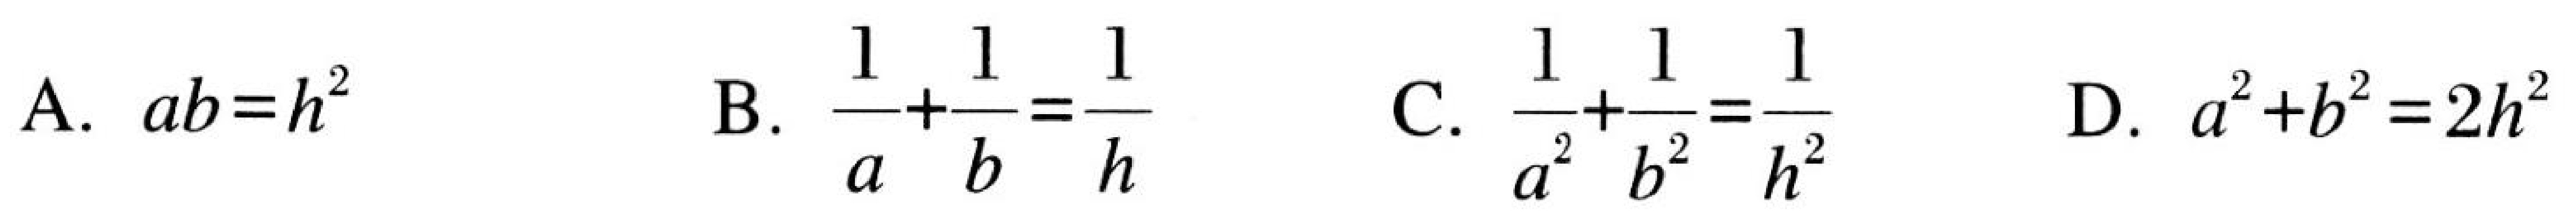
A. \(ab = h^{2}\)  B. \(\frac{1}{a}+\frac{1}{b}=\frac{1}{h}\)  C. \(\frac{1}{a^{2}}+\frac{1}{b^{2}}=\frac{1}{h^{2}}\)  D. \(a^{2}+b^{2}=2h^{2}\)